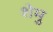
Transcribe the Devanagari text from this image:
शेमु